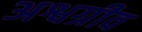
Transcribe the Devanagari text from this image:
अश्वग्रीव